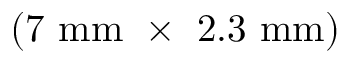
( 7 ~ \mathrm { m m } \ \times \ 2 . 3 ~ \mathrm { m m } )